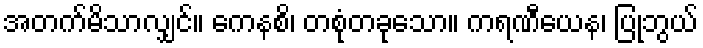
အတက်မိသာလျှင်။ ကေနစိ၊ တစုံတခုသော။ ကရဏီယေန၊ ပြုဘွယ်